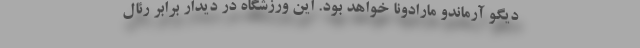
دیگو آرماندو مارادونا خواهد بود. این ورزشگاه در دیدار برابر رئال